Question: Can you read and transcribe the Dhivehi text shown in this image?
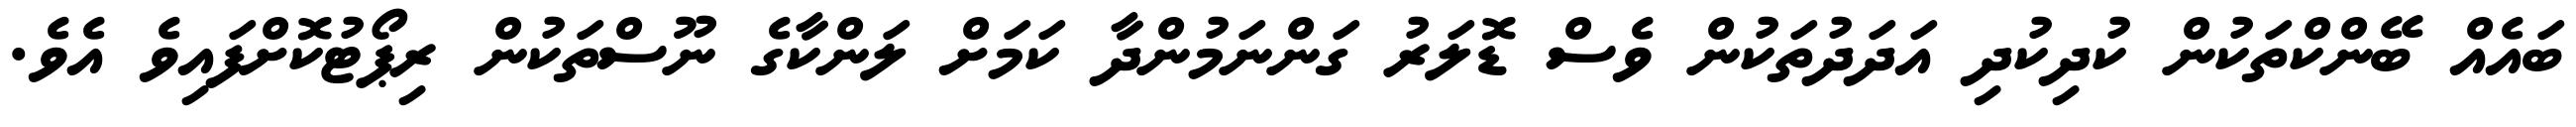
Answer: ބައެއް ބޭންކްތަކުން ކުދިކުދި އަދަދުތަކުން ވެސް ޑޮލަރު ގަންނަމުންދާ ކަމަށް ލަންކާގެ ނޫސްތަކުން ރިޕޯޓުކޮށްފައިވެ އެވެ.